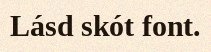
Lásd skót font.